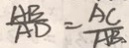
\frac { A B } { A D } = \frac { A C } { A B }